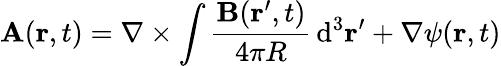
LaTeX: \mathbf{A}(\mathbf{r},t)=\nabla\times\int{\frac{\mathbf{B}(\mathbf{r}^{\prime},t)}{4\pi R}}\operatorname{d}\! ^{3}\mathbf{r}^{\prime}+\nabla\psi(\mathbf{r},t)